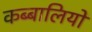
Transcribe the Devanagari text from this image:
कब्बालियों